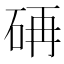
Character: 𮵏